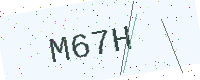
Text: M67H